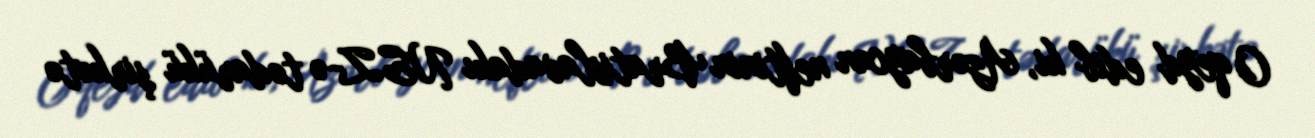
O qeyd edib ki, Azərbaycan neftinin Bratislavadakı NEZ-ə tədarükü şirkətə